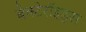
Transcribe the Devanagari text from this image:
बैक्टेरॉइड्स